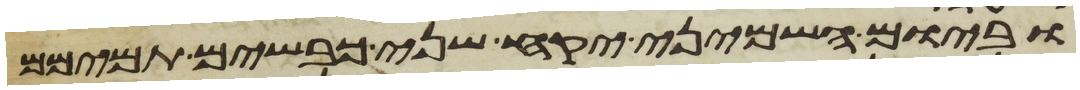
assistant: וביום השמיני יקח שני כבשים תמימם